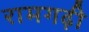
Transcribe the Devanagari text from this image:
रामगढ़ी